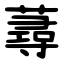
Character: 蕁